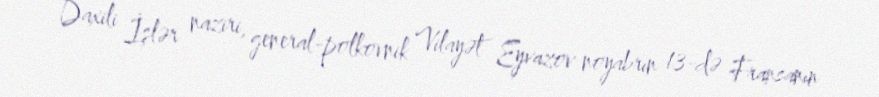
Daxili İşlər naziri, general-polkovnik Vilayət Eyvazov noyabrın 13-də Fransanın